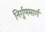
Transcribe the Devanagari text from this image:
निर्गुणमार्ग